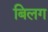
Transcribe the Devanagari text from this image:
बिलग